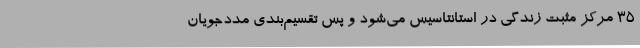
35 مرکز مثبت زندگی در استانتاسیس می‌شود و پس تقسیم‌بندی مددجویان